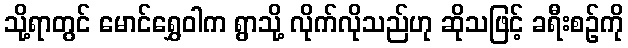
သို့ရာတွင် မောင်ရွှေဝါက ရွာသို့ လိုက်လိုသည်ဟု ဆိုသဖြင့် ခရီးစဉ်ကို